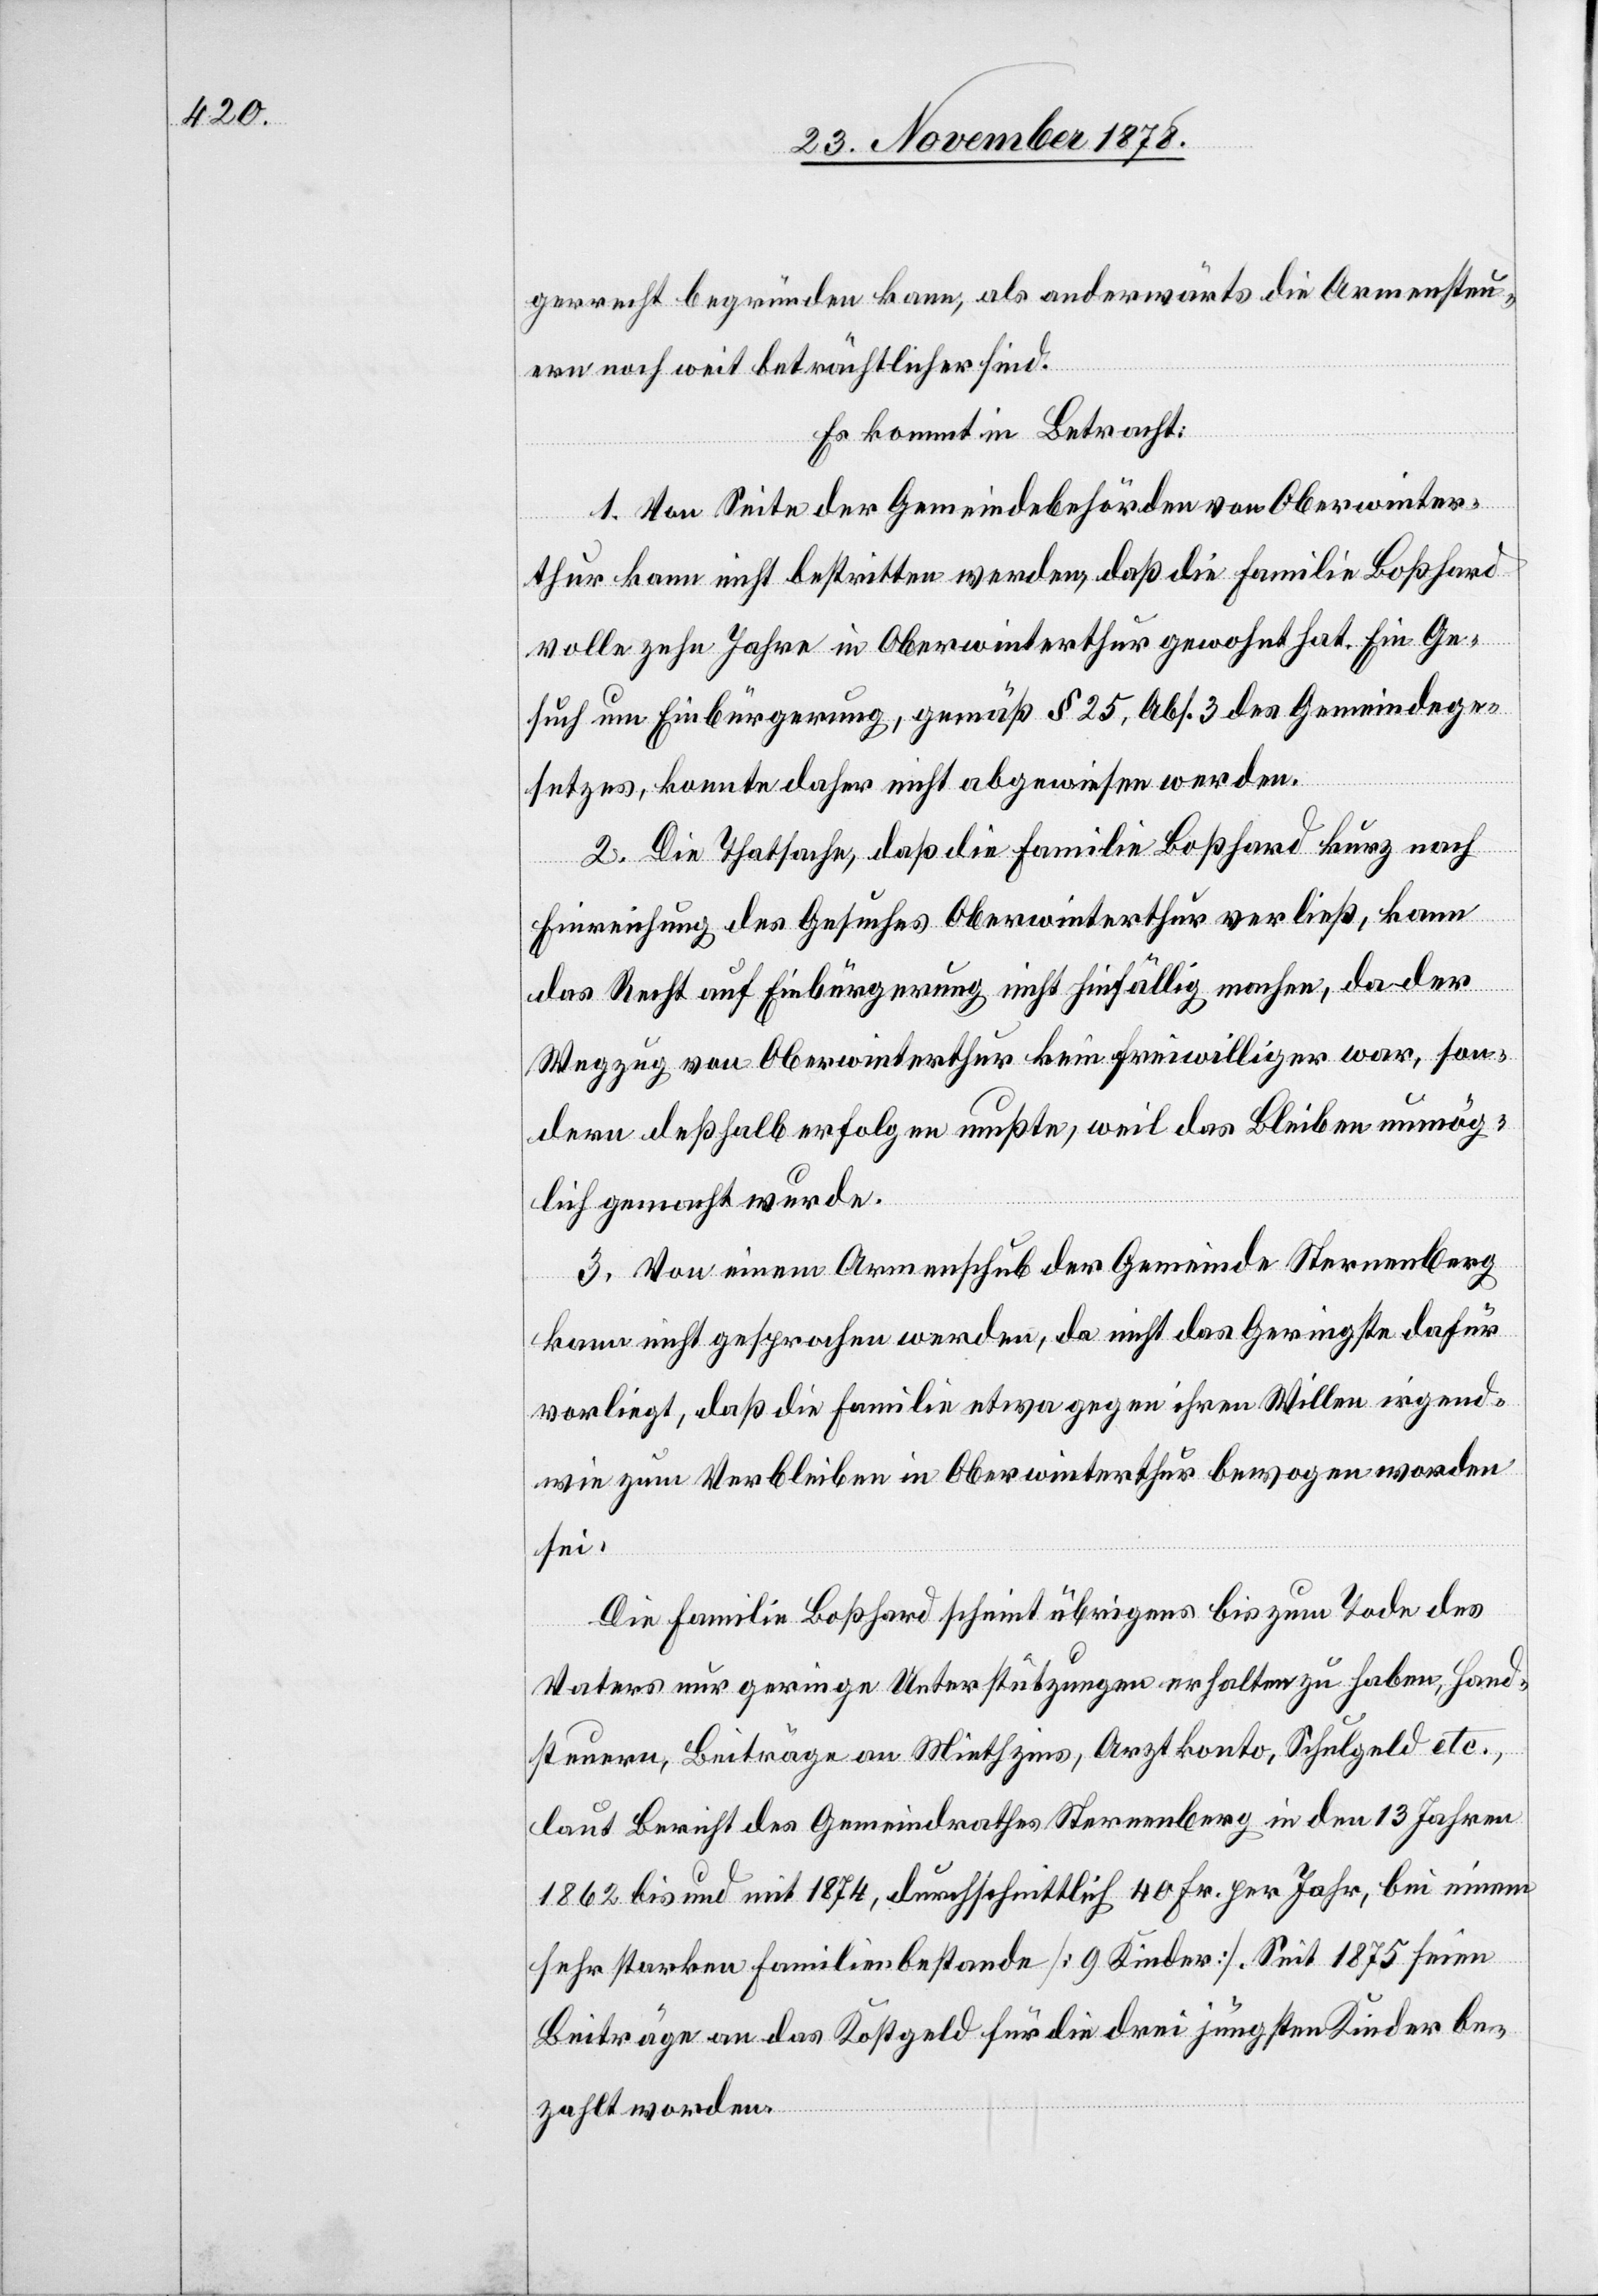
gerecht begründen kann, als anderwärts die Armensteu¬
ern noch weit beträchtlicher sind.
Es kommt in Betracht:
1. Von Seite der Gemeindebehörden von Oberwinter¬
thur kann nicht bestritten werden, daß die Familie Boßhard
volle zehn Jahre in Oberwinterthur gewohnt hat. Ein Ge¬
such um Einbürgerung, gemäß § 25, Abs. 3 des Gemeindege¬
setzes, konnte daher nicht abgewiesen werden.
2. Die Thatsache, daß die Familie Boßhard kurz nach
Einreichung des Gesuches Oberwinterthur verließ, kann
das Recht auf Einbürgerung nicht hinfällig machen, da der
Wegzug von Oberwinterthur kein freiwilliger war, son¬
dern deßhalb erfolgen mußte, weil das Bleiben unmög¬
lich gemacht wurde.
3. Von einem Armenschub der Gemeinde Sternenberg
kann nicht gesprochen werden, da nicht das Geringste dafür
vorliegt, daß die Familie etwa gegen ihren Willen irgend¬
wie zum Verbleiben in Oberwinterthur bewogen worden
sei.
Die Familie Boßhard scheint übrigens bis zum Tode des
Vaters nur geringe Unterstützungen erhalten zu haben, Hand¬
steuern, Beiträge an Miethzins, Arztkonto, Schulgeld etc.,
laut Bericht des Gemeindrathes Sternenberg in den 13 Jahren
1862 bis und mit 1874, durchschnittlich 40 Fr. per Jahr, bei einem
sehr starken Familienbestande [9 Kinder]. Seit 1875 seien
Beiträge an das Kostgeld für die drei jüngsten Kinder be¬
zahlt worden.